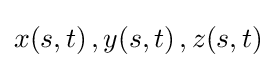
x(s,t)\,,y(s,t)\,,z(s,t)